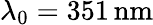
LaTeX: \lambda_{0}=351\, \mathrm{nm}